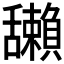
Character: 𦧺